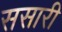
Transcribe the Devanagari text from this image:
ससारी